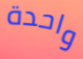
واحدة